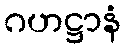
ဂဟဋ္ဌာနံ